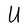
Character: U